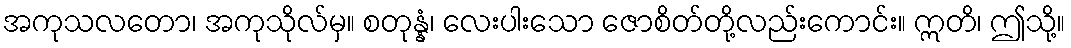
အကုသလတော၊ အကုသိုလ်မှ။ စတုန္နံ၊ လေးပါးသော ဇောစိတ်တို့လည်းကောင်း။ ဣတိ၊ ဤသို့။